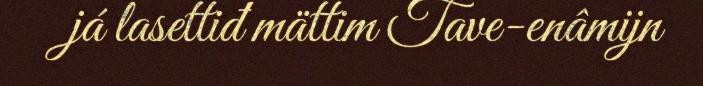
já lasettiđ mättim Tave-enâmijn